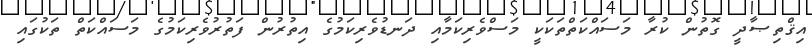
އިޤްތިޞާދީ ގޮތުން ކުރާ މަސައްކަތްތަކަކީ މަސްވެރިކަމާއި ދަނޑުވެރިކަމުގެ އިތުރުން ފަތުރުވެރިކަމުގެ މަސައްކަތް ތަކުގައި